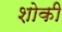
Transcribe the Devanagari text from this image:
शोकी